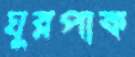
ঘুরপাক